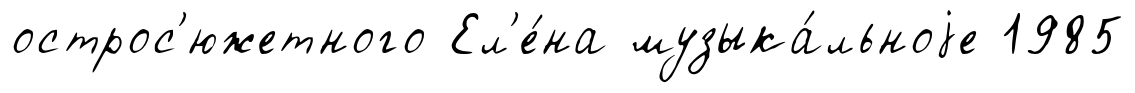
острос'южетного Ел'е́на музыка́льноjе 1985